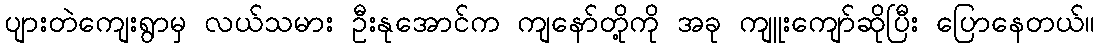
ပျားတဲကျေးရွာမှ လယ်သမား ဦးနုအောင်က ကျနော်တို့ကို အခု ကျူးကျော်ဆိုပြီး ပြောနေတယ်။